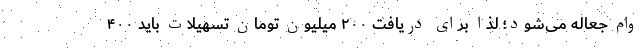
وام جعاله می‌شود؛ لذا برای دریافت ۲۰۰ میلیون تومان تسهیلات باید ۴۰۰